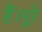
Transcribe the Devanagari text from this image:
हैं।पूरे